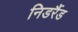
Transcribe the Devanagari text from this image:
निडर्रैड